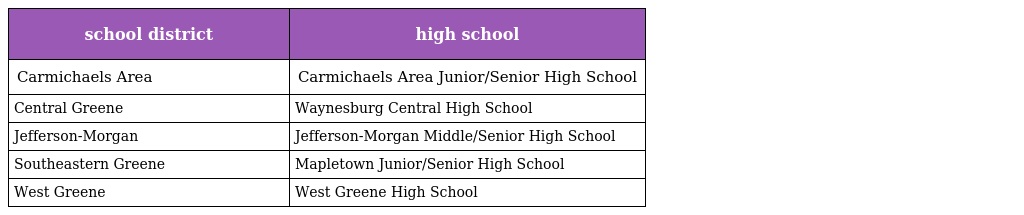
| school district | high school |
 | --- | --- |
 | Carmichaels Area | Carmichaels Area Junior/Senior High School |
 | Central Greene | Waynesburg Central High School |
 | Jefferson-Morgan | Jefferson-Morgan Middle/Senior High School |
 | Southeastern Greene | Mapletown Junior/Senior High School |
 | West Greene | West Greene High School |